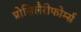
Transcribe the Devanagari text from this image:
प्रोसिलैरीफोर्म्स